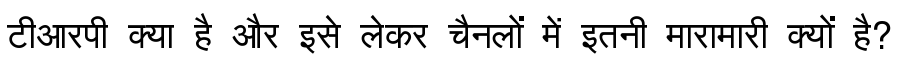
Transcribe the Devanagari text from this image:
टीआरपी क्या है और इसे लेकर चैनलों में इतनी मारामारी क्यों है?